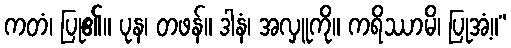
ကတံ၊ ပြု၏။ ပုန၊ တဖန်။ ဒါနံ၊ အလှူကို။ ကရိဿာမိ၊ ပြုအံ့။”